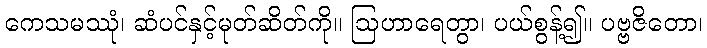
ကေသမဿုံ၊ ဆံပင်နှင့်မုတ်ဆိတ်ကို။ ဩဟာရေတွာ၊ ပယ်စွန့်၍။ ပဗ္ဗဇိတော၊